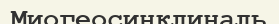
Миогеосинклиналь